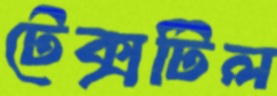
টেক্সটিল